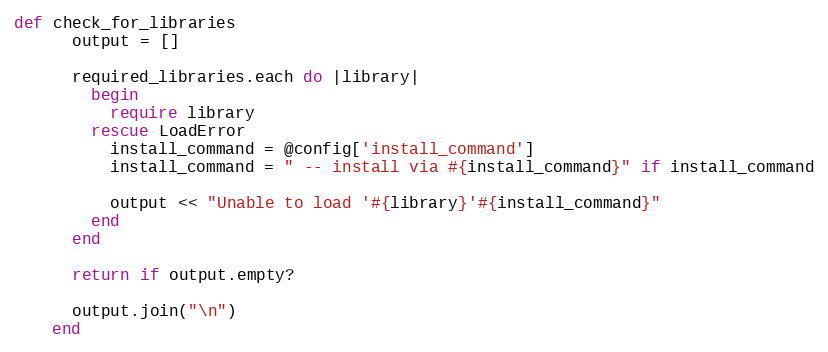
Language: Ruby
def check_for_libraries
      output = []

      required_libraries.each do |library|
        begin
          require library
        rescue LoadError
          install_command = @config['install_command']
          install_command = " -- install via #{install_command}" if install_command

          output << "Unable to load '#{library}'#{install_command}"
        end
      end

      return if output.empty?

      output.join("\n")
    end